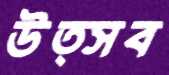
উত্সব